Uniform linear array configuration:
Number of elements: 64
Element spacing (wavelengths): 0.5
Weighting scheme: kaiser
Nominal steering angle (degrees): -30
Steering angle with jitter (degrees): -28.078
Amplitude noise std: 0.05
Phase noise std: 0.05

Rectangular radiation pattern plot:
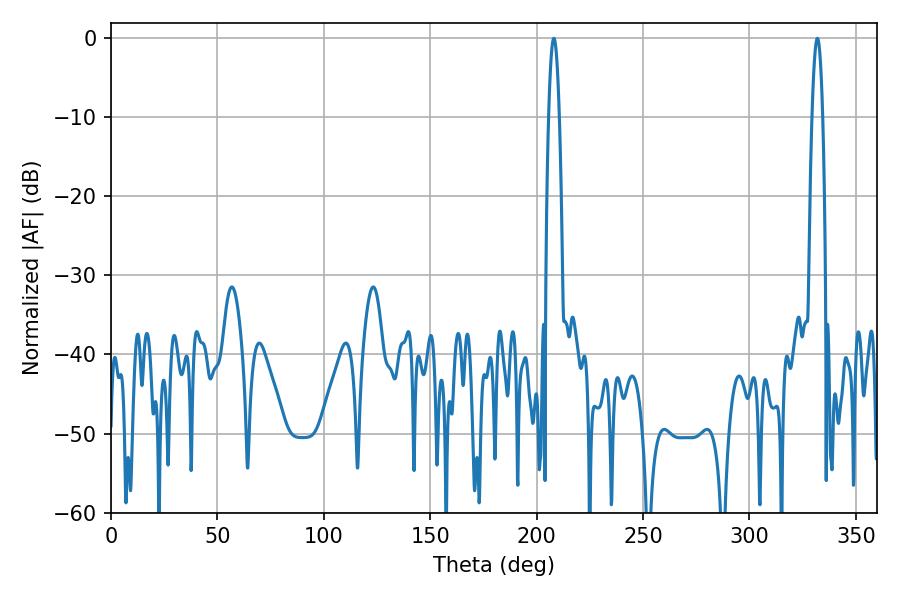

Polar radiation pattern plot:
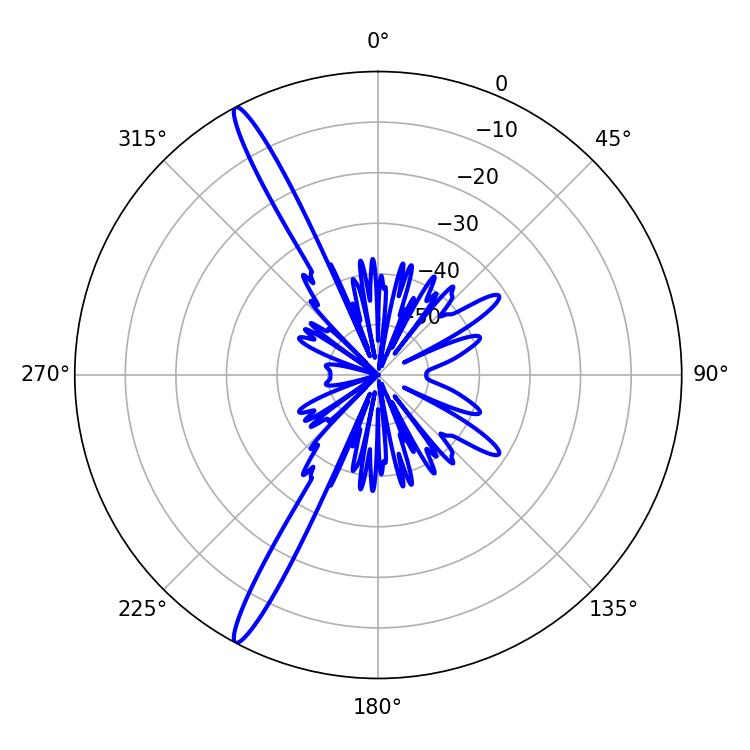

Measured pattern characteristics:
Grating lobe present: FALSE
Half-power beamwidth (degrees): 2.7
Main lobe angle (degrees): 208.08